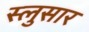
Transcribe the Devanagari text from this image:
स्लुसार